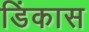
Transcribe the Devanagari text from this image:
डिंकास